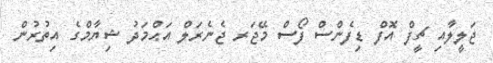
ޖަލީލާއި ޗީފް އޮފް ޑިފެންސް ފޯސް މޭޖަރ ޖެނެރަލް އަޙްމަދު ޝިޔާމްގެ އިތުރުން